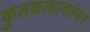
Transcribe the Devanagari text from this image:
कुशकाशावलंबन